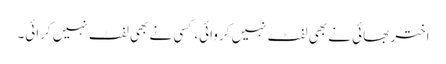
اختر بھائی نے بھی لفٹ نہیں کروائی، کسی نے بھی لفٹ نہیں کرائی۔